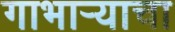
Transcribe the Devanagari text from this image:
गाभाऱ्याचा